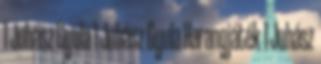
1 Juhász Gyula 1 Juhász Gyula Harangjáték 1 Juhász